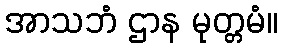
အာသဘံ ဌာန မုတ္တမံ။